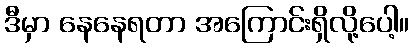
ဒီမှာ နေနေရတာ အကြောင်းရှိလို့ပေါ့။